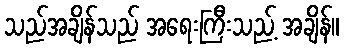
သည်အချိန်သည် အရေးကြီးသည့် အချိန်။